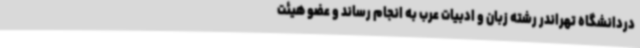
دردانشگاه تهراندر رشته زبان و ادبیات عرب به انجام رساند و عضو هیئت